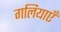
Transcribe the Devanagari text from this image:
गलियाएँ